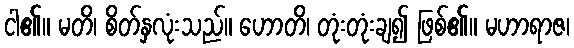
ငါ၏။ မတိ၊ စိတ်နှလုံးသည်။ ဟောတိ၊ တုံးတုံးချ၍ ဖြစ်၏။ မဟာရာဇ၊